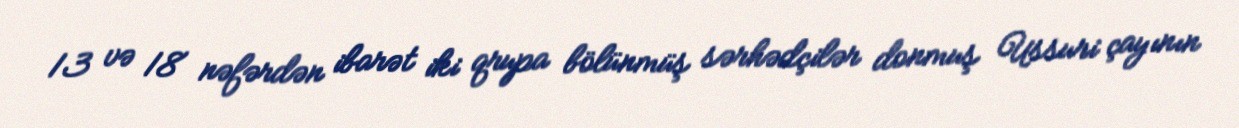
13 və 18 nəfərdən ibarət iki qrupa bölünmüş sərhədçilər donmuş Ussuri çayının